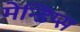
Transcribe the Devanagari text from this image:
मेन्डिप्स